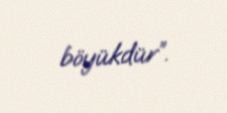
böyükdür”.